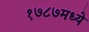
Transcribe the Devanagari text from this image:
१७८७मध्ये